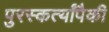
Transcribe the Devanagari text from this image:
पुरस्कर्त्यांपैकी